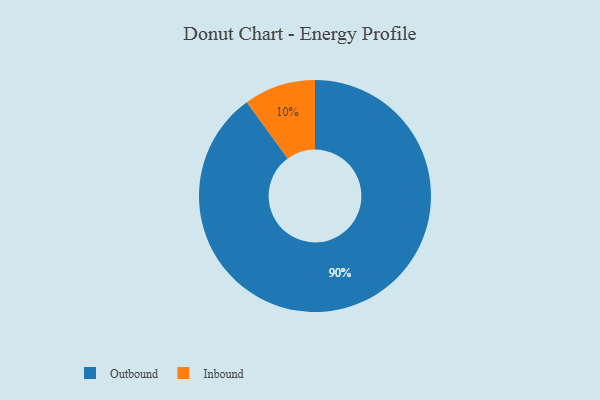
{"axis": {"x": "Category", "y": "Percentage"}, "legend": ["Inbound", "Outbound"], "data": [{"x": "Inbound", "y": 10, "type": "Inbound"}, {"x": "Outbound", "y": 90, "type": "Outbound"}]}